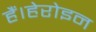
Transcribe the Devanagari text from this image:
हैं।हेरोइन